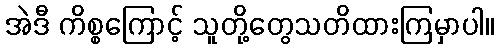
အဲဒီ ကိစ္စကြောင့် သူတို့တွေသတိထားကြမှာပါ။